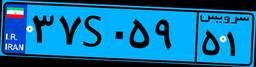
۴۷S۴۰۶۰۷